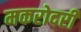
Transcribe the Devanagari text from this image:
मकरोदरी